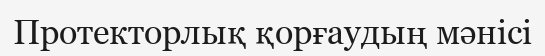
Протекторлық қорғаудың мәнісі